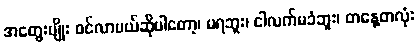
အတွေးမျိုး ဝင်လာမယ်ဆိုပါတော့၊ မရဘူး၊ ငါလက်မခံဘူး၊ တနေ့တလုံး